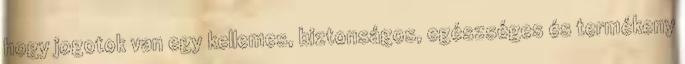
hogy jogotok van egy kellemes, biztonságos, egészséges és termékeny